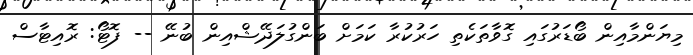
މިޔަންމާއިން ބޯޑަރުގައި ގޮވާތަކެތި ހަރުކުރާ ކަމަށް ބަންގުލަދޭޝްއިން ބުނޭ -- ފޮޓޯ: ރޮއިޓާސް